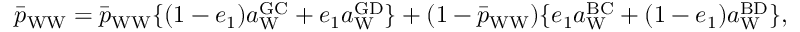
\bar { p } _ { \mathrm { W W } } = \bar { p } _ { \mathrm { W W } } \{ ( 1 - e _ { 1 } ) a _ { \mathrm { W } } ^ { \mathrm { G C } } + e _ { 1 } a _ { \mathrm { W } } ^ { \mathrm { G D } } \} + ( 1 - \bar { p } _ { \mathrm { W W } } ) \{ e _ { 1 } a _ { \mathrm { W } } ^ { \mathrm { B C } } + ( 1 - e _ { 1 } ) a _ { \mathrm { W } } ^ { \mathrm { B D } } \} ,